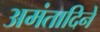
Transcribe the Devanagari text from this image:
अमंतादिने